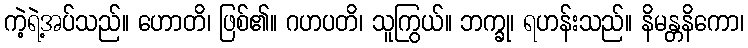
ကဲ့ရဲ့အပ်သည်။ ဟောတိ၊ ဖြစ်၏။ ဂဟပတိ၊ သူကြွယ်။ ဘက္ခု၊ ရဟန်းသည်။ နိမန္တနိကော၊